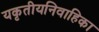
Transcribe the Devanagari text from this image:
यकृतीयनिवाहिका